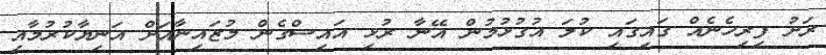
ރަށު ފިރިހެނެއް ގައިގައި ކުލަ އުގުޅުމުން އޭނާ ރުޅި އައިސްގެން މުޒައިނާއަށް އަނިޔާކުރުމާއި